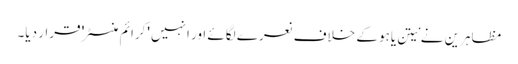
مظاہرین نے نیتن یاہو کے خلاف نعرے لگائے اور انہیں 'کرائم منسٹر' قرار دیا۔